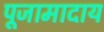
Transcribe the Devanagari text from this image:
पूजामादाय